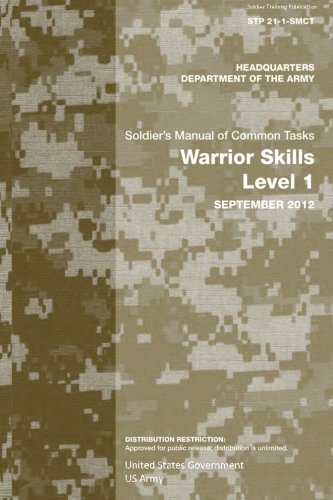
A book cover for Soldier Training Publication STP 21-1-SMCT  Soldier's Manual of Common Tasks Warrior Skills Level 1  September 2012; United States Government US Army; Test Preparation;